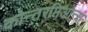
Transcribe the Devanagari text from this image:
कोन्तरप्तिओन्स्